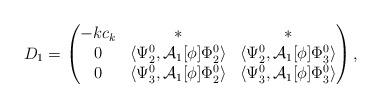
LaTeX: \begin{align*}D_{1} &= \begin{pmatrix}-kc_{k} & * & *\\0 & \langle\Psi_{2}^{0}, \mathcal{A}_{1}[\phi]\Phi_{2}^{0}\rangle & \langle\Psi_{2}^{0}, \mathcal{A}_{1}[\phi]\Phi_{3}^{0}\rangle\\0 & \langle\Psi_{3}^{0}, \mathcal{A}_{1}[\phi]\Phi_{2}^{0}\rangle & \langle\Psi_{3}^{0}, \mathcal{A}_{1}[\phi]\Phi_{3}^{0}\rangle\end{pmatrix},\end{align*}